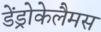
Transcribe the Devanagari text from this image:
डेंड्रोकेलैमस